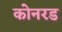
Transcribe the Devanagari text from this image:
कोनरड